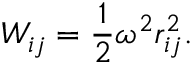
W _ { i j } = { \frac { 1 } { 2 } } \omega ^ { 2 } r _ { i j } ^ { 2 } . \nonumber